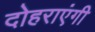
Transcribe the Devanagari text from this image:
दोहराएंगी